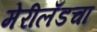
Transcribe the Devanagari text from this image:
मेरीलँडचा